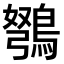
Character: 𫛇